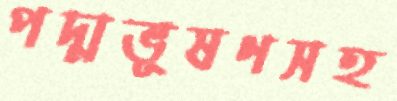
পদ্মভূষণসহ